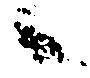
候